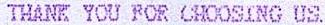
THANK YOU FOR CHOOSING US.